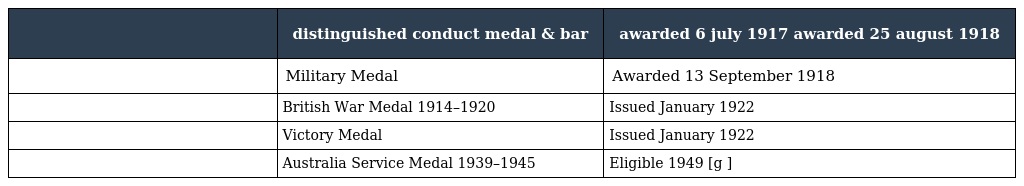
|  | distinguished conduct medal & bar | awarded 6 july 1917 awarded 25 august 1918 |
 | --- | --- | --- |
 |  | Military Medal | Awarded 13 September 1918 |
 |  | British War Medal 1914–1920 | Issued January 1922 |
 |  | Victory Medal | Issued January 1922 |
 |  | Australia Service Medal 1939–1945 | Eligible 1949 [g ] |